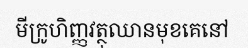
មីក្រូហិញ្ញវត្ថុឈានមុខគេនៅ